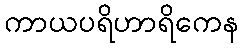
ကာယပရိဟာရိကေန